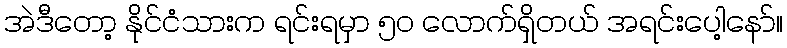
အဲဒီတော့ နိုင်ငံသားက ရင်းရမှာ ၅၀ လောက်ရှိတယ် အရင်းပေါ့နော်။